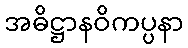
အဓိဋ္ဌာနဝိကပ္ပနာ